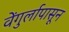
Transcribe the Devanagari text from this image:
वेंगुर्लापासून